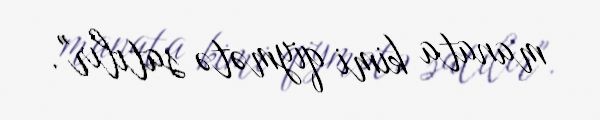
manata kimi qiymətə satılır".